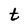
Character: t